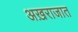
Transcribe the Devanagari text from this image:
अख़राजात